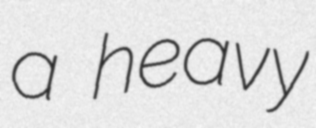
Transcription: a heavy